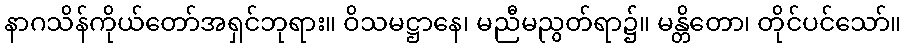
နာဂသိန်ကိုယ်တော်အရှင်ဘုရား။ ဝိသမဋ္ဌာနေ၊ မညီမညွတ်ရာ၌။ မန္တိတော၊ တိုင်ပင်သော်။